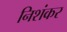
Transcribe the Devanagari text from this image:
निशंकर